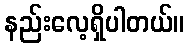
နည်းလေ့ရှိပါတယ်။